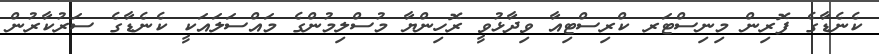
ކެނެޑާގެ ފޮރިން މިނިސްޓަރ ކްރިސްޓިއާ ވިދާޅުވީ ރޮހިންޔާ މުސްލިމުންގެ މައްސަލައަކީ ކެނެޑާގެ ސަރުކާރުން